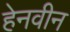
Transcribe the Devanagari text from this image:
हेनवीन